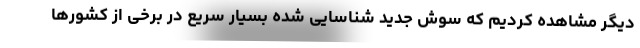
دیگر مشاهده کردیم که سوش جدید شناسایی شده بسیار سریع در برخی از کشورها